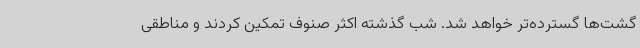
گشت‌ها گسترده‌تر خواهد شد. شب گذشته اکثر صنوف تمکین کردند و مناطقی